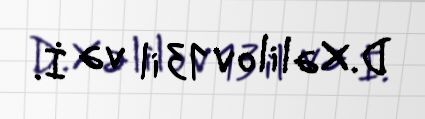
D.Xəlilov 13 il və İ.